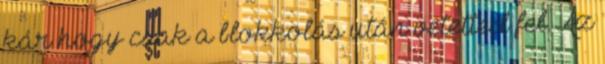
kár hogy csak a blokkolás után vetetted fel. Az